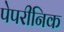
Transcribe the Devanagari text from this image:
पेपरीनिक